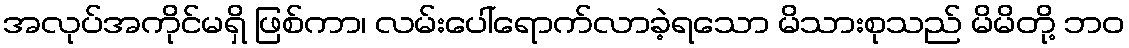
အလုပ်အကိုင်မရှိ ဖြစ်ကာ၊ လမ်းပေါ်ရောက်လာခဲ့ရသော မိသားစုသည် မိမိတို့ ဘဝ